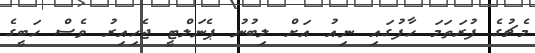
މެޗުގެ ފުރަތަމަ ހާފުގައި ނިއު އަށް ލިބުނު ޕެނަލްޓީ ޖެހިއިރު ވެސް ހަބީގެ